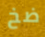
ضخ